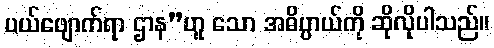
ပယ်ဖျောက်ရာ ဌာန”ဟူ သော အဓိပ္ပာယ်ကို ဆိုလိုပါသည်။